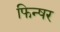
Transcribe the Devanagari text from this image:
फिन्षर